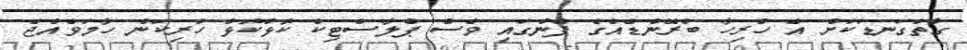
ގާތްގަަނޑަކަށް އެ ހުރިހާ ބްރޭންޑެއްގެ ފެނުގައި ވެސް ޕްލާސްޓިކް ކޮޅުކޮޅު ހުރިކަން ހާމަވެެއްޖެ